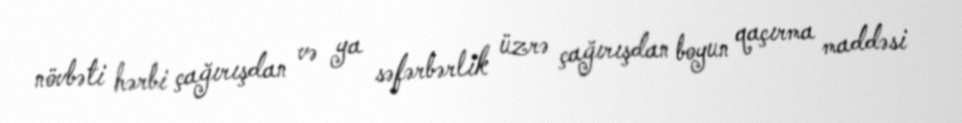
növbəti hərbi çağırışdan və ya səfərbərlik üzrə çağırışdan boyun qaçırma maddəsi